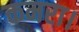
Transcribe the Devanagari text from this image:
कमरा।